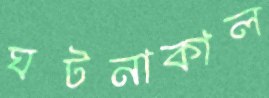
ঘটনাকাল